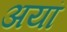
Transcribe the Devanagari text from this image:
अयां